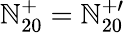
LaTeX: \mathbb{N}_{20}^{+}=\mathbb{N}_{20}^{+\prime}